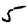
Digit: 5